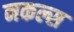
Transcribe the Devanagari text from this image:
नकल्स